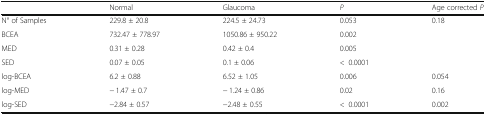
<table><thead><tr><td></td><td><b>Normal</b></td><td><b>Glaucoma</b></td><td><b><i>P</i></b></td><td><b>Age corrected <i>P</i></b></td></tr></thead><tbody><tr><td>N° of Samples</td><td>229.8 ± 20.8</td><td>224.5 ± 24.73</td><td>0.053</td><td>0.18</td></tr><tr><td>BCEA</td><td>732.47 ± 778.97</td><td>1050.86 ± 950.22</td><td>0.002</td><td></td></tr><tr><td>MED</td><td>0.31 ± 0.28</td><td>0.42 ± 0.4</td><td>0.005</td><td></td></tr><tr><td>SED</td><td>0.07 ± 0.05</td><td>0.1 ± 0.06</td><td>&lt;0.0001</td><td></td></tr><tr><td>log-BCEA</td><td>6.2 ± 0.88</td><td>6.52 ± 1.05</td><td>0.006</td><td>0.054</td></tr><tr><td>log-MED</td><td>− 1.47 ± 0.7</td><td>− 1.24 ± 0.86</td><td>0.02</td><td>0.16</td></tr><tr><td>log-SED</td><td>−2.84 ± 0.57</td><td>−2.48 ± 0.55</td><td>&lt;0.0001</td><td>0.002</td></tr></tbody></table>